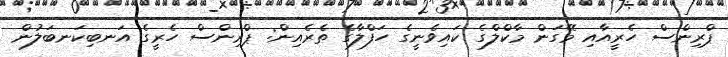
ޕްރިންސް ހެރީއާއި މޭގަން މާކްލްގެ ކައިވެނީގެ ހަފްލާގެ ތެރެއިން: ޕްރިންސް ހެރީގެ އަނބިކަނބަލުން